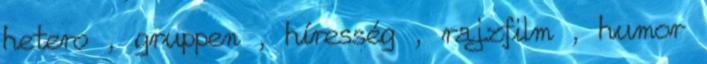
hetero , gruppen , híresség , rajzfilm , humor